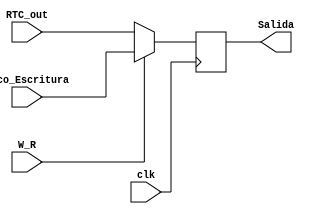
`timescale 1ns / 1ps
//////////////////////////////////////////////////////////////////////////////////
// Company: 
// Engineer: 
// 
// Design Name: 
// Module Name:    MUX_WR_RD 
// Project Name: 
// Target Devices: 
// Tool versions: 
// Description: 
//
// Dependencies: 
//
// Revision: 
// Revision 0.01 - File Created
// Additional Comments: 
//
//////////////////////////////////////////////////////////////////////////////////
module MUX_WR_RD (
    input [7:0] Deco_Escritura,
	 input [7:0] RTC_out,
	 input W_R,
	 input clk,
	 output reg [7:0] Salida
    );

   always @(posedge clk)
      if (W_R)
         Salida <= Deco_Escritura ;
      else
         Salida <= RTC_out;
endmodule